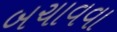
બચાવવા